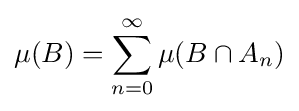
\mu (B)=\sum _{n=0}^{\infty }\mu (B\cap A_{n})